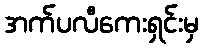
အက်ပလီကေးရှင်းမှ